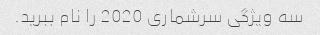
سه ویژگی سرشماری 2020 را نام ببرید.